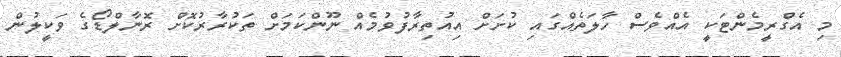
މި އެގްރީމެންޓަކީ އެއްވެސް ހާލަތެއްގައި ކުށަށް އިއުތިރާފުވުމެއް ނޫންކަމަށް ތަކުރާރުކޮށް ރޮނާލްޑޯގެ ވަކީލުން